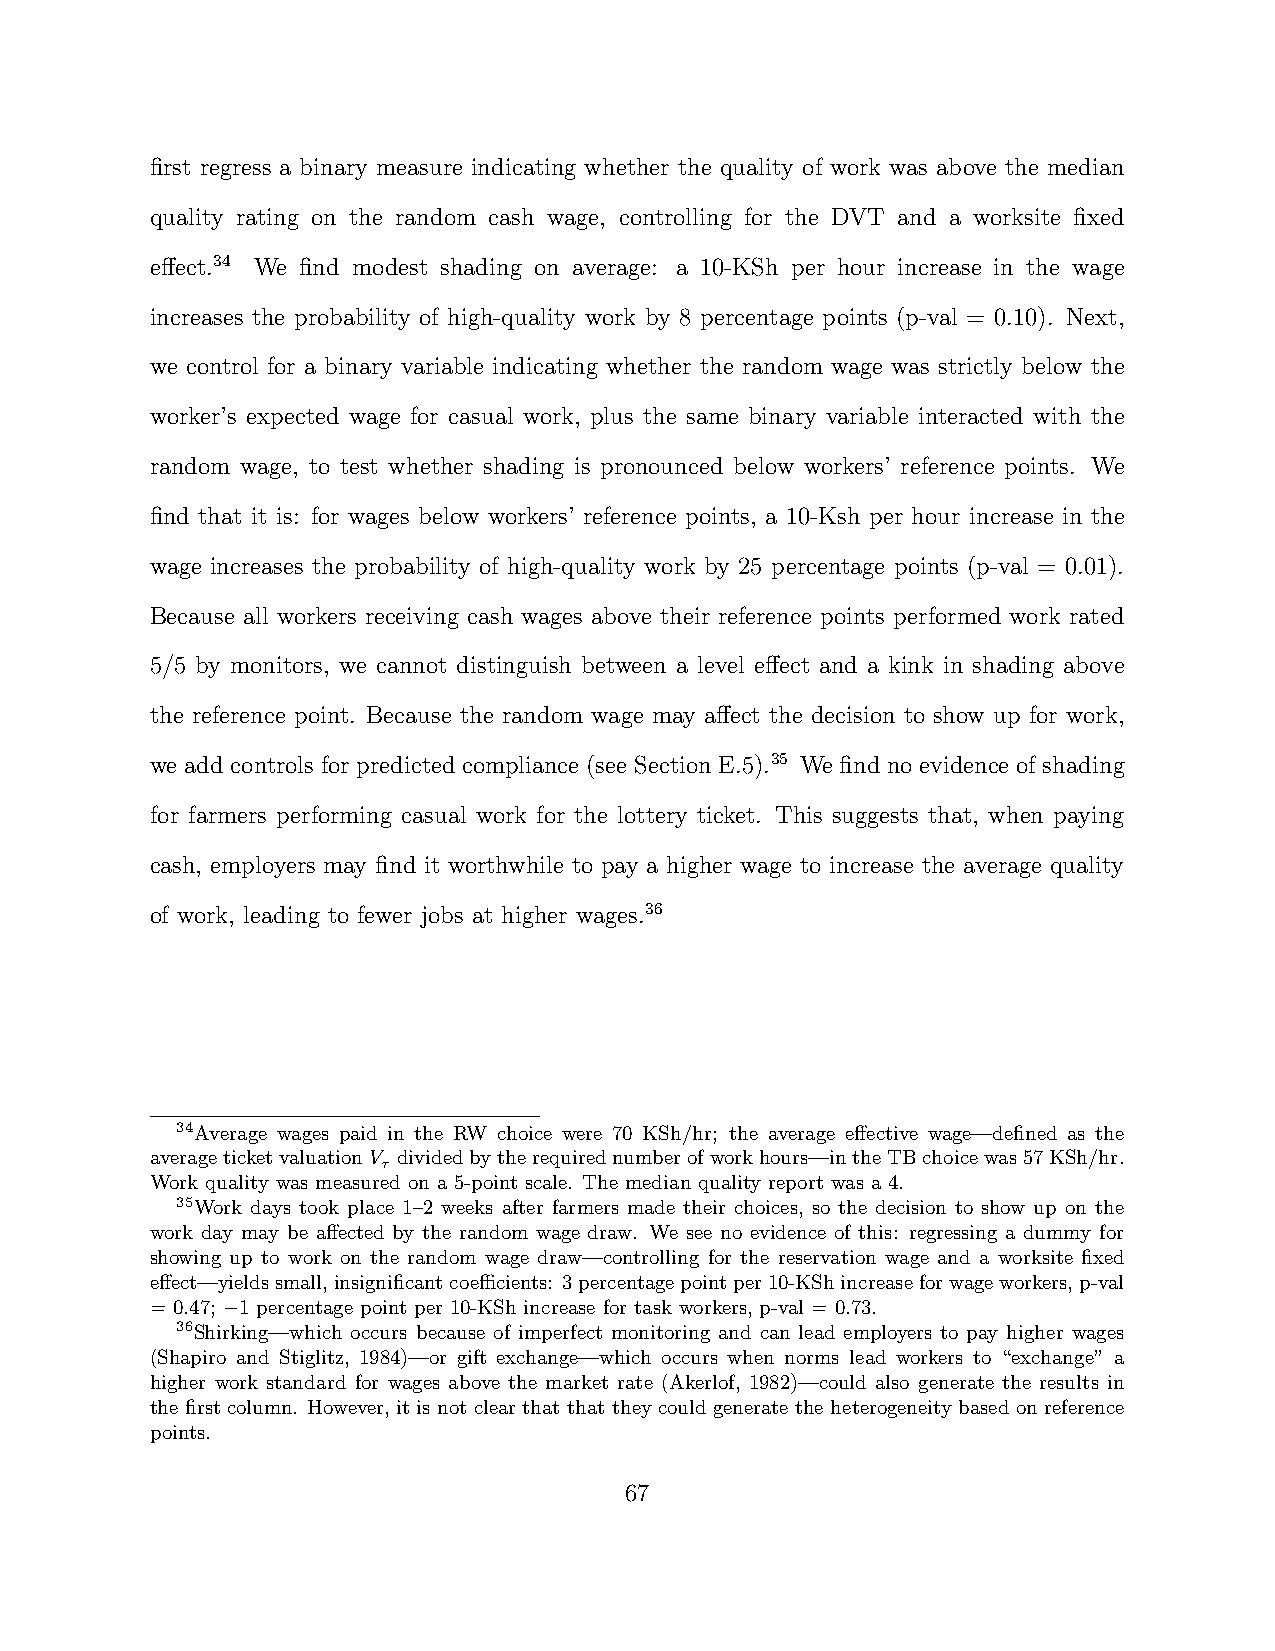
first regress a binary measure indicating whether the quality of work was above the median
 quality rating on the random cash wage, controlling for the DVT and a worksite fixed
 effect.34 We find modest shading on average: a 10-KSh per hour increase in the wage
 increases the probability of high-quality work by 8 percentage points (p-val = 0.10). Next,
 we control for a binary variable indicating whether the random wage was strictly below the
 worker’s expected wage for casual work, plus the same binary variable interacted with the
 random wage, to test whether shading is pronounced below workers’ reference points. We
 find that it is: for wages below workers’ reference points, a 10-Ksh per hour increase in the
 wage increases the probability of high-quality work by 25 percentage points (p-val = 0.01).
 Because all workers receiving cash wages above their reference points performed work rated
 5/5 by monitors, we cannot distinguish between a level effect and a kink in shading above
 the reference point. Because the random wage may affect the decision to show up for work,
 we add controls for predicted compliance (see Section E.5).35 We find no evidence of shading
 for farmers performing casual work for the lottery ticket. This suggests that, when paying
 cash, employers may find it worthwhile to pay a higher wage to increase the average quality
 of work, leading to fewer jobs at higher wages.36
 34Average wages paid in the RW choice were 70 KSh/hr; the average effective wage—defined as the
 averageticketvaluationV dividedbytherequirednumberofworkhours—intheTBchoicewas57KSh/hr.
 τ
 Work quality was measured on a 5-point scale. The median quality report was a 4.
 35Work days took place 1–2 weeks after farmers made their choices, so the decision to show up on the
 work day may be affected by the random wage draw. We see no evidence of this: regressing a dummy for
 showing up to work on the random wage draw—controlling for the reservation wage and a worksite fixed
 effect—yieldssmall,insignificantcoefficients: 3percentagepointper10-KShincreaseforwageworkers,p-val
 = 0.47; −1 percentage point per 10-KSh increase for task workers, p-val = 0.73.
 36Shirking—which occurs because of imperfect monitoring and can lead employers to pay higher wages
 (Shapiro and Stiglitz, 1984)—or gift exchange—which occurs when norms lead workers to “exchange” a
 higher work standard for wages above the market rate (Akerlof, 1982)—could also generate the results in
 the first column. However, it is not clear that that they could generate the heterogeneity based on reference
 points.
 67